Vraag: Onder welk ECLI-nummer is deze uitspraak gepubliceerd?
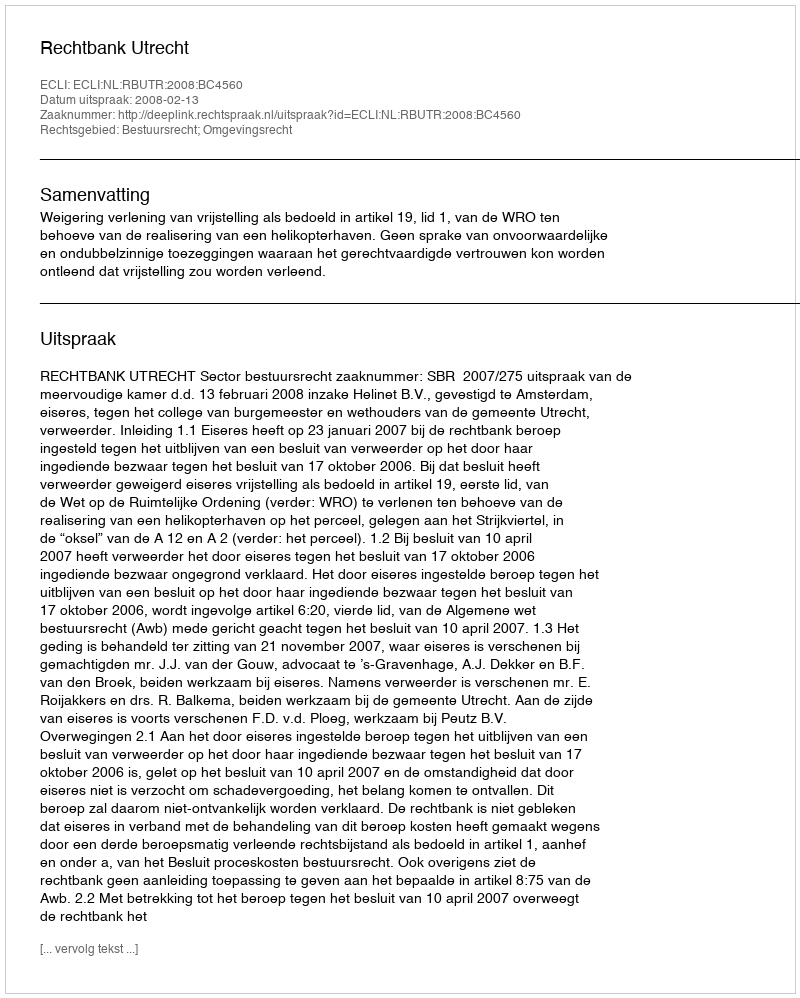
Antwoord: ECLI:NL:RBUTR:2008:BC4560